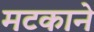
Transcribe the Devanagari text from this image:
मटकाने